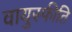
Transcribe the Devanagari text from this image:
वायुस्फीति